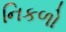
નિકળો